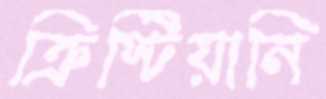
ক্রিস্টিয়ানি